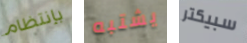
بإنتظام يشتبه سبيكتر